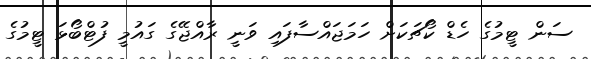
ސަން ޓީމުގެ ހެޑް ކޯޗަކަށް ހަމަޖައްސާފައި ވަނީ ރާއްޖޭގެ ގައުމީ ފުޓްބޯޅަ ޓީމުގެ